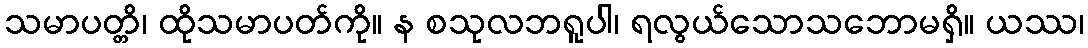
သမာပတ္တိ၊ ထိုသမာပတ်ကို။ န စသုလဘရူပါ၊ ရလွယ်သောသဘောမရှိ။ ယဿ၊